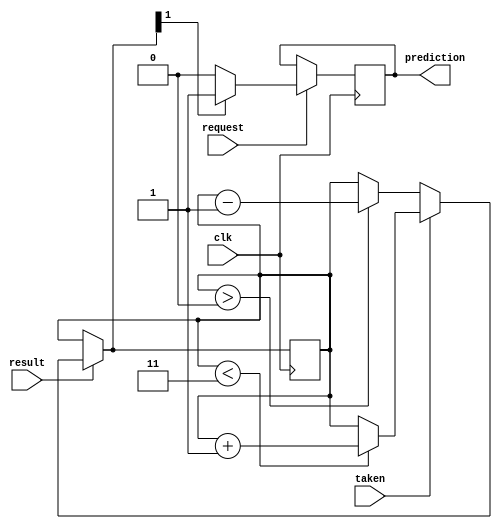
module predictor(
    input wire request,
    input wire result,
    input wire clk,
    input wire taken,
    output reg prediction
);

reg [1:0] count=2'b11;



always @(posedge clk) 
	begin
	    if (result) begin
        	if (taken) begin
	            if (count < 2'b11) begin
	                count = count + 1;
        	    end
	        end else begin
        	    if (count > 2'b00) begin
                	count = count - 1;
	            end
		    end
		end
		if (request) begin
        		if (count[1] == 1) begin
	        	    prediction = 1;
	        	end else begin
		            prediction = 0;
        		end
		    end
		end


endmodule